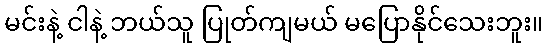
မင်းနဲ့ ငါနဲ့ ဘယ်သူ ပြုတ်ကျမယ် မပြောနိုင်သေးဘူး။